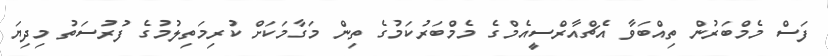
ފަސް މެމްބަރުން ތިއްބަވާ އެޗްއާރްސީއެމްގެ މެމްބަރުކަމުގެ ތިން މަގާމަކަށް ކުރިމަތިލުމުގެ ފުރުސަތު މިދިޔަ